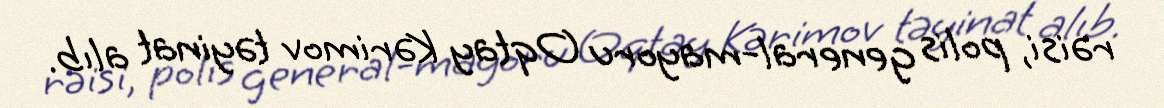
rəisi, polis general-mayoru Oqtay Kərimov təyinat alıb.